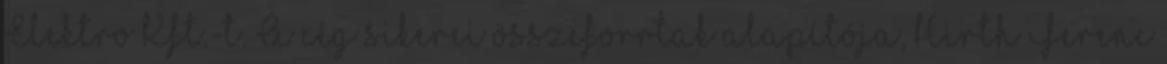
Elektro Kft.-t. A cég sikerei összeforrtak alapítója, Hirth Ferenc